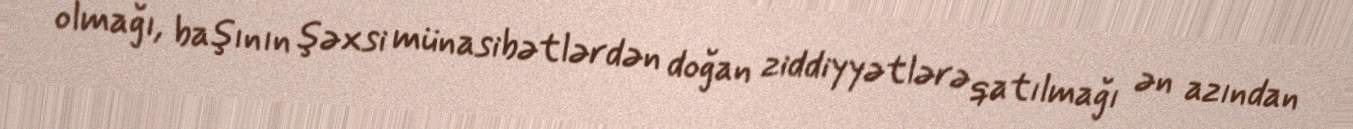
olmağı, başının şəxsi münasibətlərdən doğan ziddiyyətlərə qatılmağı ən azından